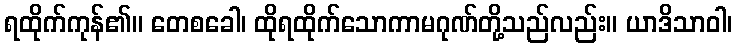
ရထိုက်ကုန်၏။ တေစခေါ၊ ထိုရထိုက်သောကာမဂုဏ်တို့သည်လည်း။ ယာဒိသာဝါ၊